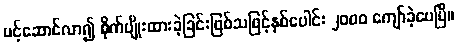
ပင့်ဆောင်လာ၍ စိုက်ပျိုးထားခဲ့ခြင်းဖြစ်သဖြင့်နှစ်ပေါင်း ၂ဝဝဝ ကျော်ခဲ့ပေပြီ။